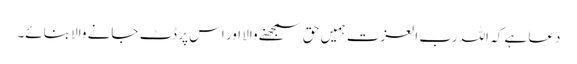
دعا ہے کہ اللہ رب العزت ہمیں حق سمجھنے والا اور اس پر ڈٹ جانے والا بنائے۔